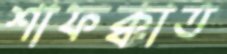
শাফক্বাত